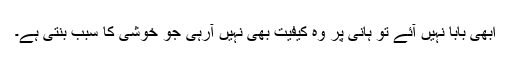
ابھی بابا نہیں آئے تو ہانی پر وہ کیفیت بھی نہیں آرہی جو خوشی کا سبب بنتی ہے۔